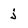
Character: j